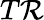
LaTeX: T\mathcal{R}